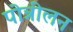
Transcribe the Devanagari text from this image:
पोन्नीलन